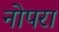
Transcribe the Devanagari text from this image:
नोपरा